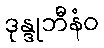
ဒုန္ဒုဘီနံဝ